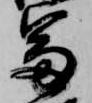
富